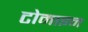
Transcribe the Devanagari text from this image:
टोमाइन